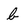
Character: b